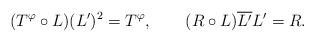
LaTeX: \begin{align*}(T^\varphi\circ L)(L')^2 = T^\varphi, \qquad (R\circ L)\overline{L'} L' = R.\end{align*}